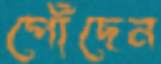
পোঁছেন